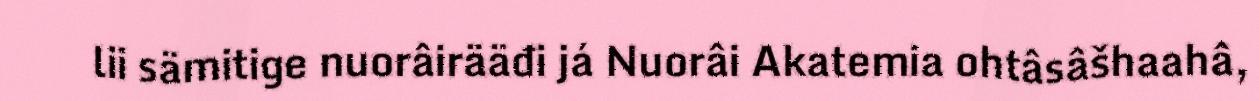
lii sämitige nuorâirääđi já Nuorâi Akatemia ohtâsâšhaahâ,